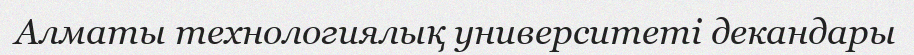
Алматы технологиялық университеті декандары